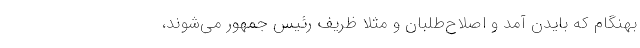
بهنگام که بایدن آمد و اصلاح‌طلبان و مثلاً‌ ظریف رئیس جمهور می‌شوند،